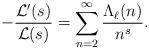
LaTeX: \begin{align*}-\frac{\mathcal{L}'(s)}{\mathcal{L}(s)} = \sum_{n = 2}^\infty \frac{\Lambda_\ell(n)}{n^s}.\end{align*}